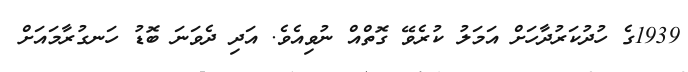
1939ގެ ހުދުކަރުދާހަށް އަމަލު ކުރެވޭ ގޮތްއް ނުވިއެވެ. އަދި ދެވަނަ ބޮޑު ހަނގުރާމައަށް